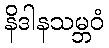
နိဒါနသမ္ဘဝံ